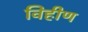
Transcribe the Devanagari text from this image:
विहीण